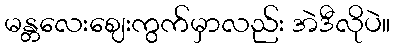
မန္တလေးဈေးကွက်မှာလည်း အဲဒီလိုပဲ။